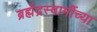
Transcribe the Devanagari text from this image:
ब्रह्मेंद्रस्वामींच्या